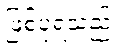
ဖြစ်ပုံရသည်